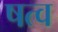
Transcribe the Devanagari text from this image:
षत्व